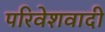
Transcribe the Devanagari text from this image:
परिवेशवादी